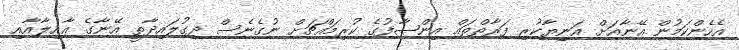
އެހެންކަމުން އޭނާއަށް އަނިޔާކުރި ފަރާތްތައް އިންޞާފުގެ ކުރިމައްޗަށް ނުގެނެސް ދިގުލައިދާތީ އޭނާގެ ޢާއިލާއާއި